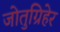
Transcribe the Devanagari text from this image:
जोतुग्रिहेर